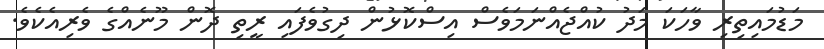
މަޑުމައިތިރި ވާހަކަ މަދު ކުއްޖެއްނަމަވެސް އިސްކޮޅުން ދިގުވެފައި ރީތި ދޮން މޫނެއްގެ ވެރިއެކެވެ.